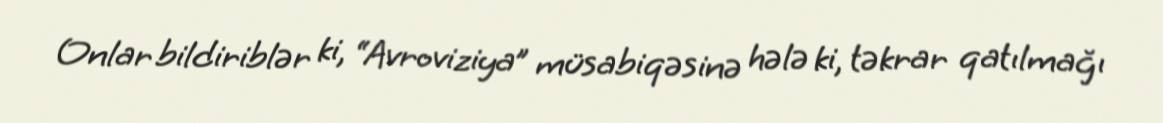
Onlar bildiriblər ki, “Avroviziya” müsabiqəsinə hələ ki, təkrar qatılmağı